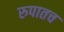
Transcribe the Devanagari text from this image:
रुपातच